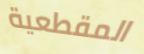
المقطعية